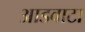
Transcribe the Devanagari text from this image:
आडवाटा